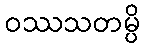
ဝဿသတမ္ပိ